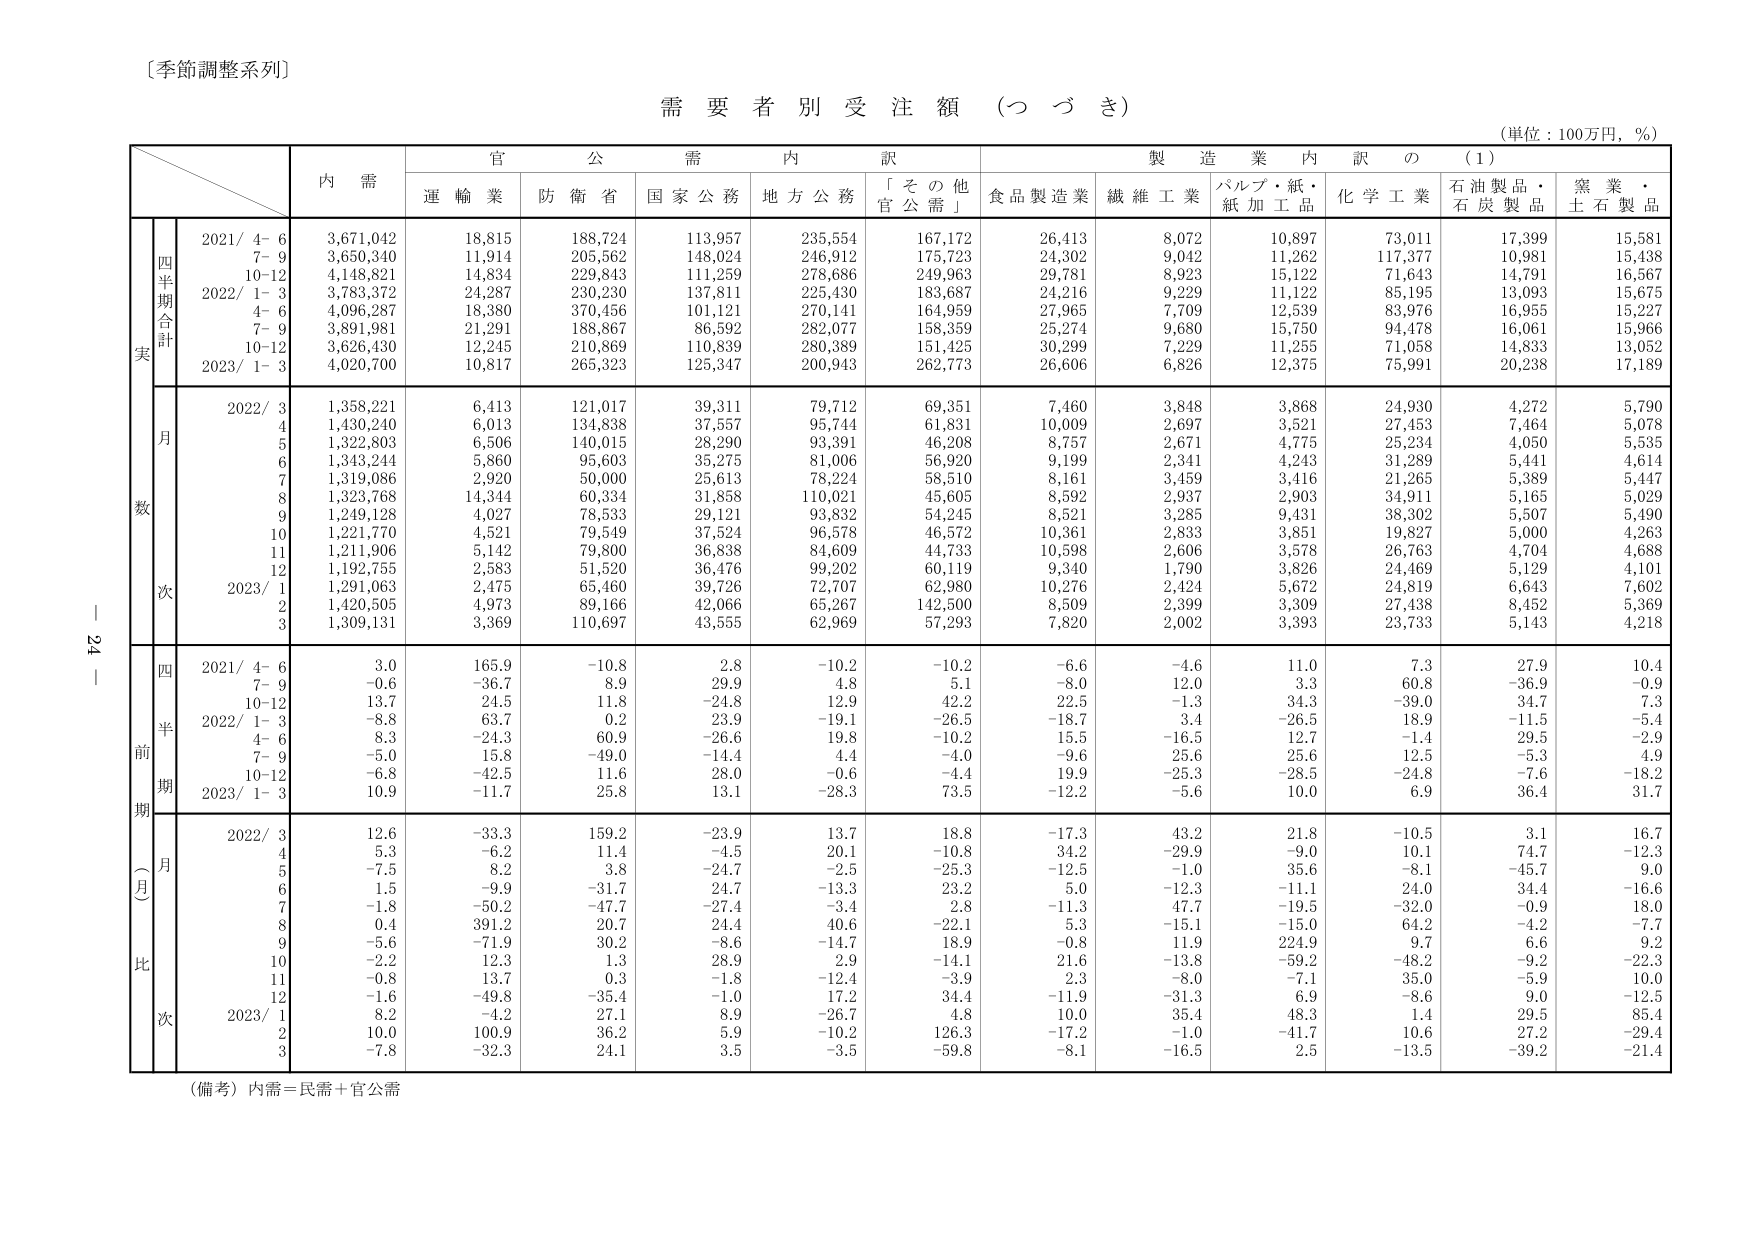
〔季節調整系列〕

需要者別受注額（つづき）

（単位：100万円，％）

内 需
官 公 需 内 訳
製 造 業 内 訳 の （1）

運 輸 業
防 衛 省
国 家 公 務
地 方 公 務
「そ の 他
官 公 需」
食 品 製 造 業
繊 維 工 業
パルプ・紙・
紙 加 工 品
化 学 工 業
石 油 製 品・
石 炭 製 品
窯 業・
土 石 製 品

四半期合計
実
2021/ 4- 6
3,671,042
18,815
188,724
113,957
235,554
167,172
26,413
8,072
10,897
73,011
17,399
15,581
7- 9
3,650,340
11,914
205,562
148,024
246,912
175,723
24,302
9,042
11,262
117,377
10,981
15,438
10-12
4,148,821
14,834
229,843
111,259
278,686
249,963
29,781
8,923
15,122
71,643
14,791
16,567
2022/ 1- 3
3,783,372
24,287
230,230
137,811
225,430
183,687
24,216
9,229
11,122
85,195
13,093
15,675
4- 6
4,096,287
18,380
370,456
101,121
270,141
164,959
27,965
7,709
12,539
83,976
16,955
15,227
7- 9
3,891,981
21,291
188,867
86,592
282,077
158,359
25,274
9,680
15,750
94,478
16,061
15,966
10-12
3,626,430
12,245
210,869
110,839
280,389
151,425
30,299
7,229
11,255
71,058
14,833
13,052
2023/ 1- 3
4,020,700
10,817
265,323
125,347
200,943
262,773
26,606
6,826
12,375
75,991
20,238
17,189

月数
2022/ 3
1,358,221
6,413
121,017
39,311
79,712
69,351
7,460
3,848
3,868
24,930
4,272
5,790
4
1,430,240
6,013
134,838
37,557
95,744
61,831
10,009
2,697
3,521
27,453
7,464
5,078
5
1,322,803
6,506
140,015
28,290
93,391
46,208
8,757
2,671
4,775
25,234
4,050
5,535
6
1,343,244
5,860
95,603
35,275
81,006
56,920
9,199
2,341
4,243
31,289
5,441
4,614
7
1,319,086
2,920
50,000
25,613
78,224
58,510
8,161
3,459
3,416
21,265
5,389
5,447
8
1,323,768
14,344
60,334
31,858
110,021
45,605
8,592
2,937
2,903
34,911
5,165
5,029
9
1,249,128
4,027
78,533
29,121
93,832
54,245
8,521
3,285
9,431
38,302
5,507
5,490
10
1,221,770
4,521
79,549
37,524
96,578
46,572
10,361
2,833
3,851
19,827
5,000
4,263
11
1,211,906
5,142
79,800
36,838
84,609
44,733
10,598
2,606
3,578
26,763
4,704
4,688
12
1,192,755
2,583
51,520
36,476
99,202
60,119
9,340
1,790
3,826
24,469
5,129
4,101
2023/ 1
1,291,063
2,475
65,460
39,726
72,707
62,980
10,276
2,424
5,672
24,819
6,643
7,602
2
1,420,505
4,973
89,166
42,066
65,267
142,500
8,509
2,399
3,309
27,438
8,452
5,369
3
1,309,131
3,369
110,697
43,555
62,969
57,293
7,820
2,002
3,393
23,733
5,143
4,218

四半期前比（月次）
2021/ 4- 6
3.0
165.9
-10.8
2.8
-10.2
-10.2
-6.6
-4.6
11.0
7.3
27.9
10.4
7- 9
-0.6
-36.7
8.9
29.9
4.8
5.1
-8.0
12.0
3.3
60.8
-36.9
-0.9
10-12
13.7
24.5
11.8
-24.8
12.9
42.2
22.5
-1.3
34.3
-39.0
34.7
7.3
2022/ 1- 3
-8.8
63.7
0.2
23.9
-19.1
-26.5
-18.7
3.4
-26.5
18.9
-11.5
-5.4
4- 6
8.3
-24.3
60.9
-26.6
19.8
-10.2
15.5
-16.5
12.7
-1.4
29.5
-2.9
7- 9
-5.0
15.8
-49.0
-14.4
4.4
-4.0
-9.6
25.6
25.6
12.5
-5.3
4.9
10-12
-6.8
-42.5
11.6
28.0
-0.6
-4.4
19.9
-25.3
-28.5
-24.8
-7.6
-18.2
2023/ 1- 3
10.9
-11.7
25.8
13.1
-28.3
73.5
-12.2
-5.6
10.0
6.9
36.4
31.7

月比
2022/ 3
12.6
-33.3
159.2
-23.9
13.7
18.8
-17.3
43.2
21.8
-10.5
3.1
16.7
4
5.3
-6.2
11.4
-4.5
20.1
-10.8
34.2
-29.9
-9.0
10.1
74.7
-12.3
5
-7.5
8.2
3.8
-24.7
-2.5
-25.3
-12.5
-1.0
35.6
-8.1
-45.7
9.0
6
1.5
-9.9
-31.7
24.7
-13.3
23.2
5.0
-12.3
-11.1
24.0
34.4
-16.6
7
-1.8
-50.2
-47.7
-27.4
-3.4
2.8
-11.3
47.7
-19.5
-32.0
-0.9
18.0
8
0.4
391.2
20.7
24.4
40.6
-22.1
5.3
-15.1
-15.0
64.2
-4.2
-7.7
9
-5.6
-71.9
30.2
-8.6
-14.7
18.9
-0.8
11.9
224.9
9.7
6.6
9.2
10
-2.2
12.3
1.3
28.9
2.9
-14.1
21.6
-13.8
-59.2
-48.2
-9.2
-22.3
11
-0.8
13.7
0.3
-1.8
-12.4
-3.9
2.3
-8.0
-7.1
35.0
-5.9
10.0
12
-1.6
-49.8
-35.4
-1.0
17.2
34.4
-11.9
-31.3
6.9
-8.6
9.0
-12.5
2023/ 1
8.2
-4.2
27.1
8.9
-26.7
4.8
10.0
35.4
48.3
1.4
29.5
85.4
2
10.0
100.9
36.2
5.9
-10.2
126.3
-17.2
-1.0
-41.7
10.6
27.2
-29.4
3
-7.8
-32.3
24.1
3.5
-3.5
-59.8
-8.1
-16.5
2.5
-13.5
-39.2
-21.4

（備考）内需＝民需＋官公需

ー 24 ー